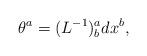
LaTeX: \begin{align*}\theta^{a}=(L^{-1})_{b}^{a}dx^{b},\end{align*}